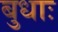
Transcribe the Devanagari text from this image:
बुधाः